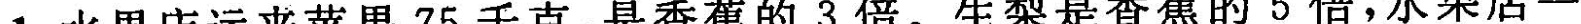
1.水果店运来苹果75千克，是香蕉的3倍。生梨是香蕉的5倍，水果店一